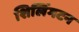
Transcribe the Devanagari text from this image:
शिलिंगटन